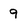
Character: 9